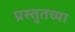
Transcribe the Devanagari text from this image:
प्रस्तुतच्या